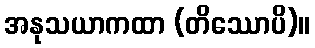
အနုသယာကထာ (တိဿောပိ)။